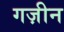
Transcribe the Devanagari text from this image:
गज़ीन